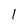
Character: 1